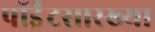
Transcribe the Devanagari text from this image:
पॉईंटसारख्या